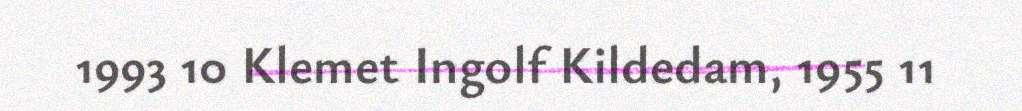
1993 10 Klemet Ingolf Kildedam, 1955 11